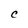
Character: C